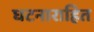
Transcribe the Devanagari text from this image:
घटनाराहित